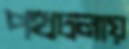
পথচলায়